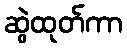
ဆွဲထုတ်ကာ